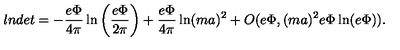
l n d e t = - \frac { e \Phi } { 4 \pi } \ln \left( \frac { e \Phi } { 2 \pi } \right) + \frac { e \Phi } { 4 \pi } \ln ( m a ) ^ { 2 } + O ( e \Phi , ( m a ) ^ { 2 } e \Phi \ln ( e \Phi ) ) .